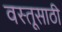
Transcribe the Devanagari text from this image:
वस्तूसाठी